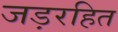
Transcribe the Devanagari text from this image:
जड़रहित